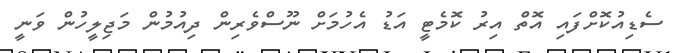
ސެޑިއުކޮށްފައި އޮތް އިރު ކޮމެޓީ އަޑު އެހުމަށް ނޫސްވެރިން ދިއުމުން މަޖިލީހުން ވަނީ